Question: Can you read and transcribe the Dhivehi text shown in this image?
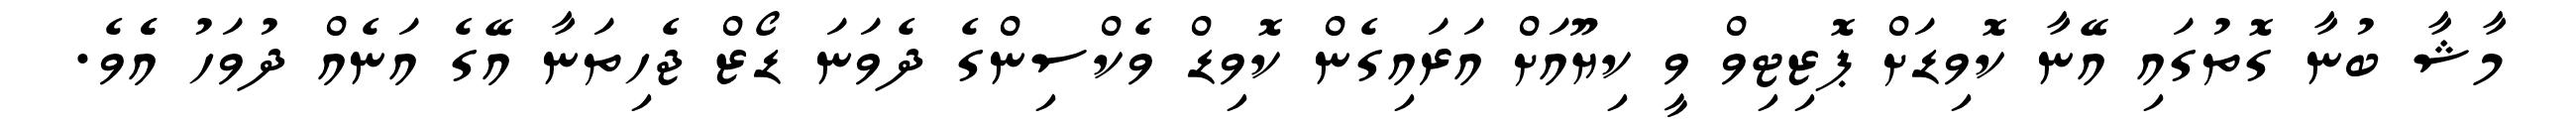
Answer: މާޝާ ބުނާ ގޮތުގައި އޭނާ ކޮވިޑަށް ޕޮޒިޓިވް ވީ ކިޔޫއަށް އަރައިގެން ކޮވިޑް ވެކްސިންގެ ދެވަނަ ޑޯޒް ޖެހިތަނާ އޭގެ އަނެއް ދުވަހު އެެވެ.